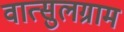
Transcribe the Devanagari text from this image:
वात्सुलग्राम